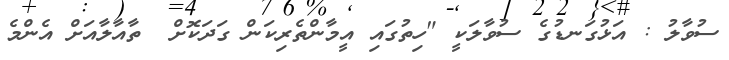
ސުވާލު : އަޅުގަނޑުގެ ސުވާލަކީ "ހިތުގައި އީމާންތެރިކަން ގަދަކޮށް  ތާއާލާއަށް އެންމެ